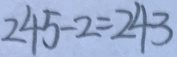
2 4 5 - 2 = 2 4 3